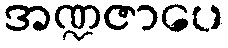
အဏ္ဍဇာပေ